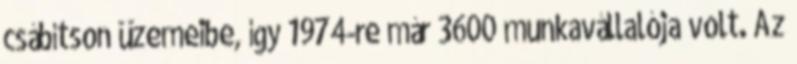
csábítson üzemeibe, így 1974-re már 3600 munkavállalója volt. Az